Plague in India, 1896, 1897 - Volume 3
Year: 1896
Disease focus: Plague
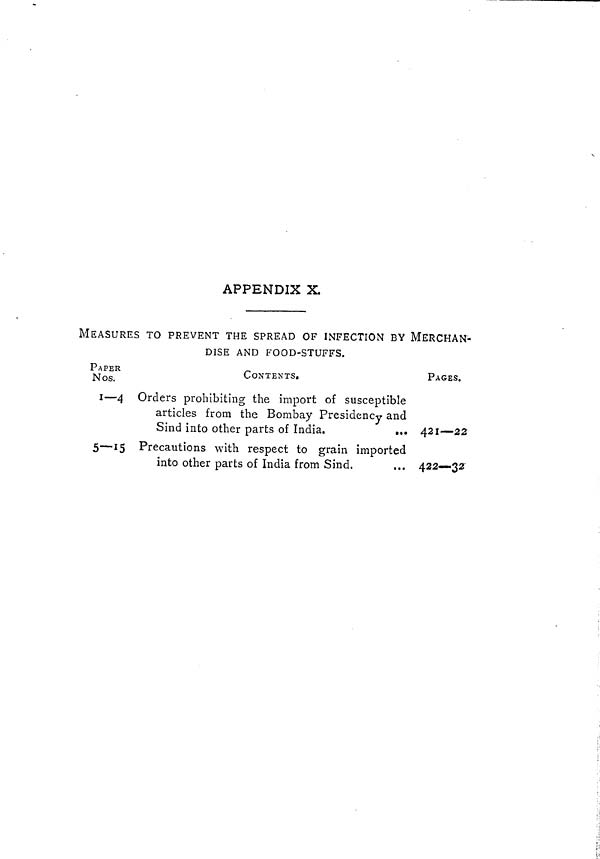
APPENDIX X.
MEASURES TO PREVENT THE SPREAD OF INFECTION BY MERCHAN-
DISE AND FOOD-STUFFS.
PAPER
Nos.
i — 4
5—15
CONTENTS,
Orders prohibiting the import of susceptible
*r
o
Jr
IT
articles from the Bombay Presidency and
J
j
Sind into other parts of India.
...
Precautions with respect to grain imported
into other parts of India from Sind.
PAGES.
421 — 22
422—32